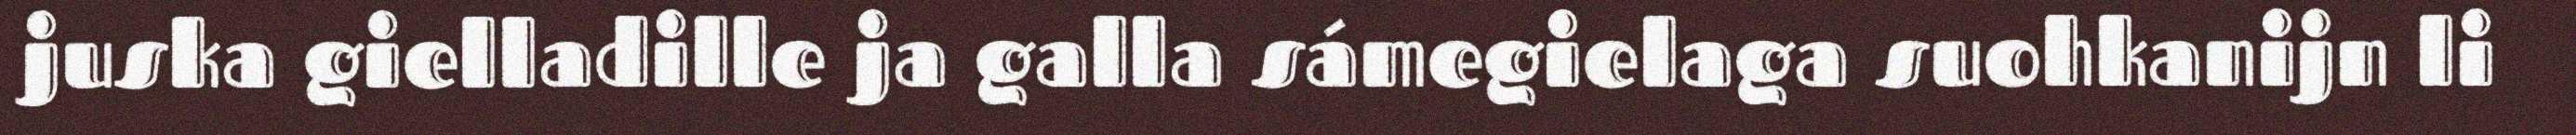
juska gielladille ja galla sámegielaga suohkanijn li